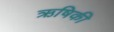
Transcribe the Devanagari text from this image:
ऋषिकी